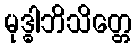
မုဒ္ဓါဘိသိတ္တေ